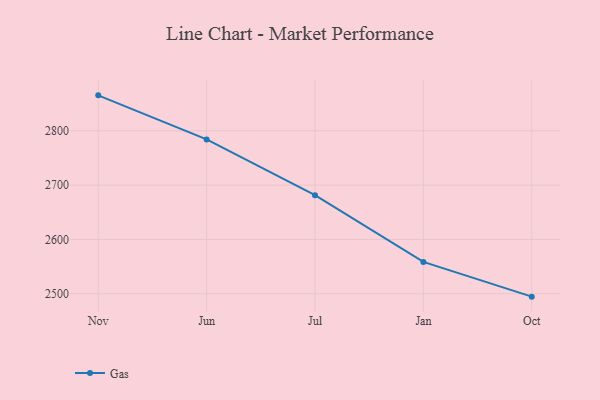
{"axis": {"x": "Month", "y": "Tickets Resolved"}, "legend": ["Gas"], "data": [{"x": "Nov", "y": 2865.4, "type": "Gas"}, {"x": "Jun", "y": 2784.3, "type": "Gas"}, {"x": "Jul", "y": 2681.6, "type": "Gas"}, {"x": "Jan", "y": 2558.6, "type": "Gas"}, {"x": "Oct", "y": 2494.6, "type": "Gas"}]}